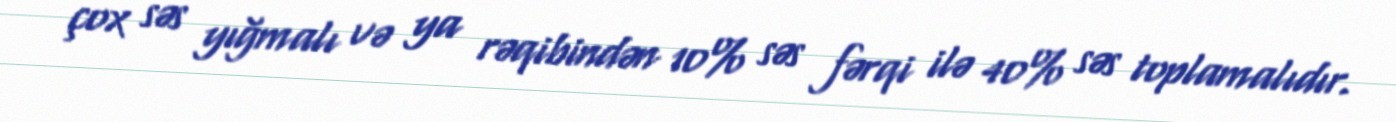
çox səs yığmalı və ya rəqibindən 10% səs fərqi ilə 40% səs toplamalıdır.